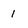
Character: 1